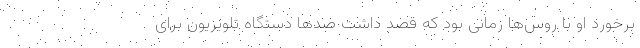
برخورد او با روس‌ها زمانی بود که قصد داشت صدها دستگاه تلویزیون برای